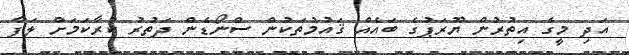
އަދި މީގެ އިތުރުން ޔޫރަޕުގެ ބައެއް ޤައުމުތަކުން ސްނޯޑެން ދަތުރު ކުރާކަމަށް ލަފާ